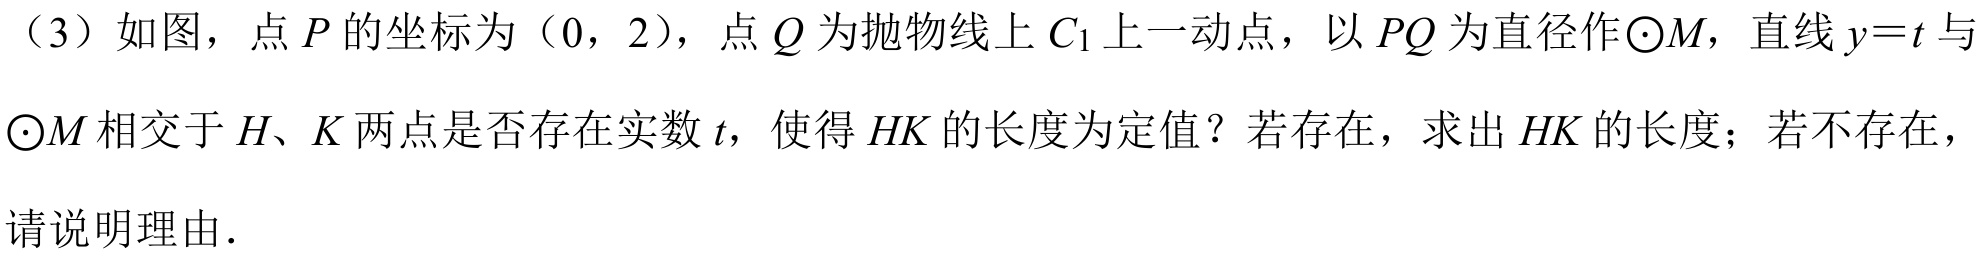
（3）如图，点\(P\)的坐标为（\(0,2\)），点\(Q\)为抛物线上\(C_{1}\)上一动点，以\(PQ\)为直径作\(\odot M\)，直线\(y = t\)与\(\odot M\)相交于\(H、K\)两点是否存在实数\(t\)，使得\(HK\)的长度为定值？若存在，求出\(HK\)的长度；若不存在，请说明理由.